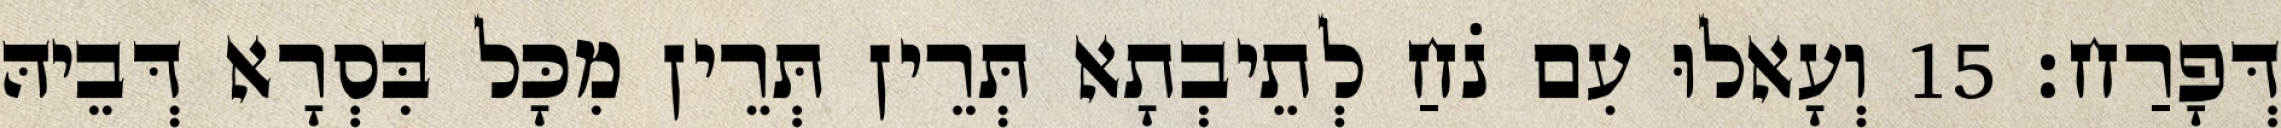
דְּפָרַח׃ 15 וְעָאלוּ עִם נֹחַ לְתֵיבְתָא תְּרֵין תְּרֵין מִכָּל בִּסְרָא דְּבֵיהּ